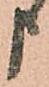
申